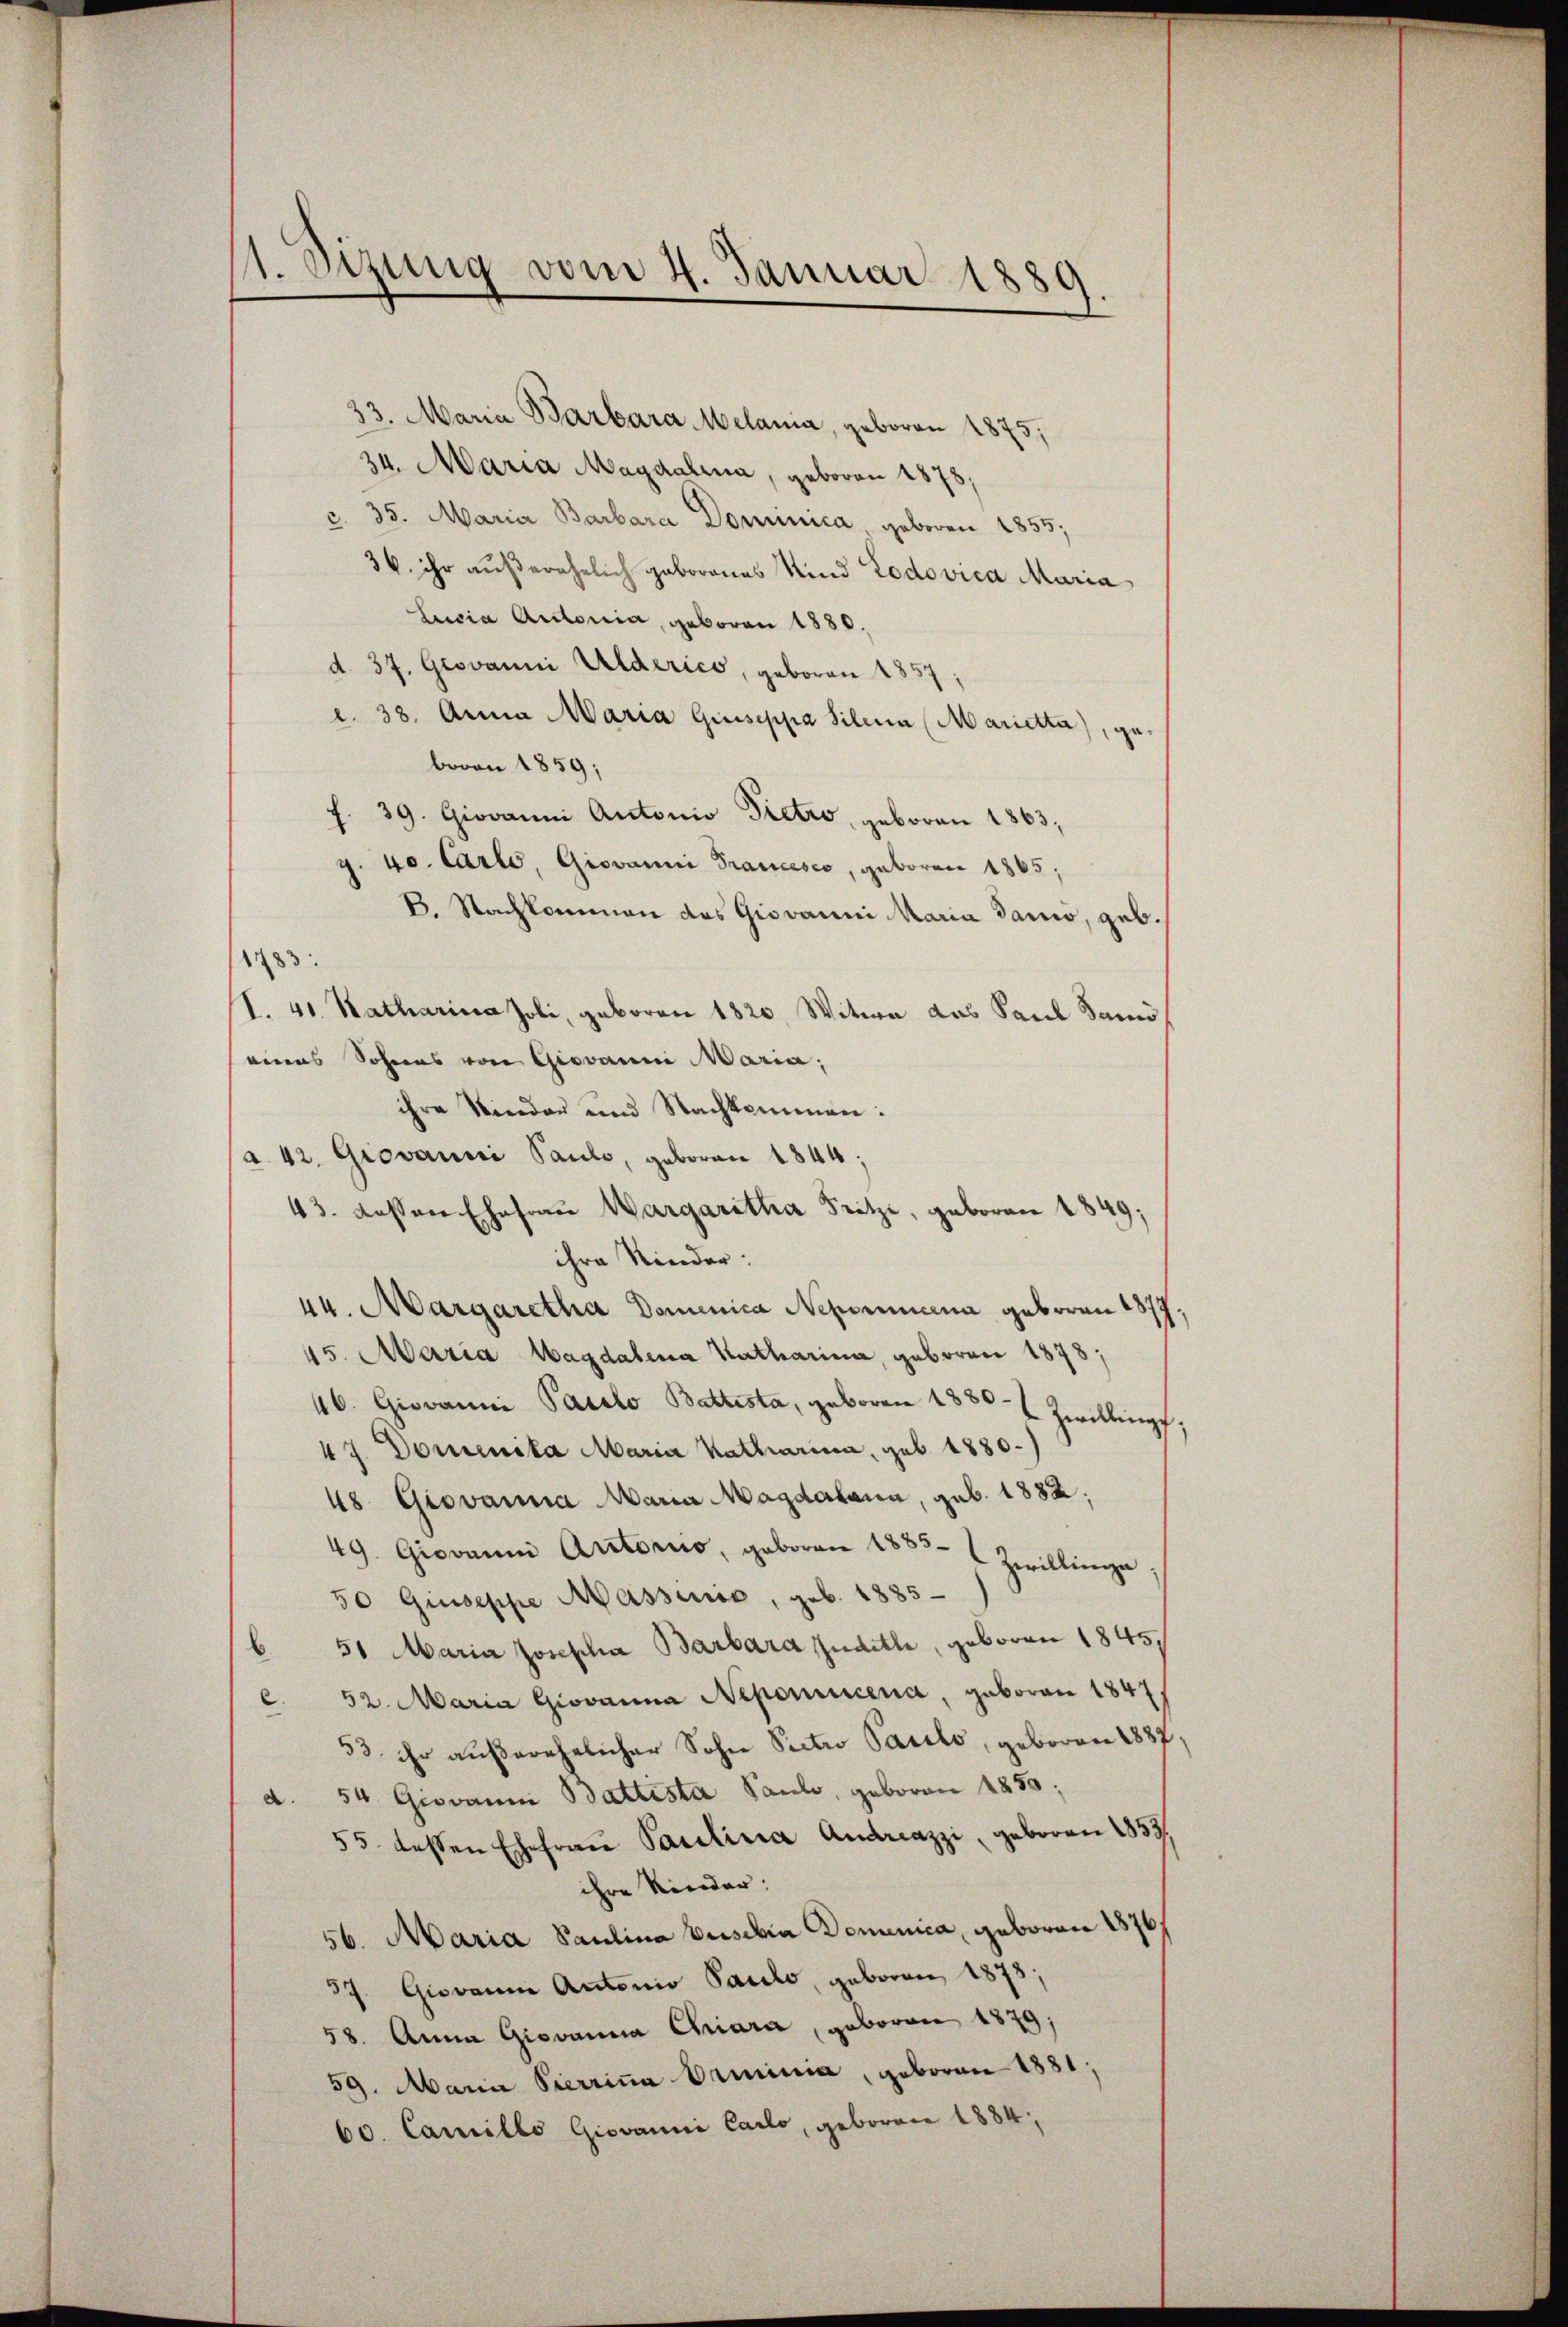
1. Sizung vom 4. Januar 1889

33. Maria Barbara Melania, geboren 1875;
34. Maria Magdalena, geboren 1878;
c. 35. Maria Barbara Dominica geboren 1833;
36. ihr außerehelich geborenes Kind Todovica Maria
Lucia Autoria, geboren 1880.
d. 37. Giovanni Alderico, geboren 1857;
c. 38. Anna Maria Giuseppa Silina (Marietta), gebovon 1859;
J. 39. Giovanni Antonio Pietro, geboren 1863,
g. 40. Carlo, Giovanni Francesco, geboren 1865,
B. Nachkommen das Giovanni Maria danio, geb.
1783.
I. 40. Natharina Joli, geboren 1820, Witwe das Paul Samo
eines Sohnes von Giovanni Maria,
ihre Kinder und Nachkommen:
a. 42. Giovanni Pauli, geboren 1844;
43. dessen Ehefrau Wargaretha Fritzi, geboren 1849;
ihre Kinder:
44. Margaretha Domenica Nepommena geboren 1877
45. Maria Magdalena Katharina, geboren 1878;
46. Giovanne Parolo Battesta, geboren 1380 - 7. Zwillings
47. Dominika Maria Katharina, geb. 1880.)
48 Giovanna Maria Magdalana, geb. 1882;
49. Giovanni Auctorio, geboren 1883. Zwillinge.
50 Giuseppe Massens, geb. 1885
 51 Maria Josepha Barbara spudith, geboren 1845.
e. 52. Maria Giovanna Nepomucena, geboren 1847.
33 ihr außerehelicher Sohn Sectio Parelo, geboren 1887
d. 54. Giovann Battista Pauls, geboren 1850;
55 dessen Ehefraŭ Paulinia Andreazzi, geboren 1853.
ihre Kinder:
56. Maria Paulina Pusebia Domenica, geboren 1876
37. Giovann Antonio Parlo, geboren 1878;
58. Anna Giovanna Chiara, geboren 1879;
59. Maria Pierriṅa Ormonia, geboren 1881,
60. Camillo Giovanni Carlo, geboren 1884